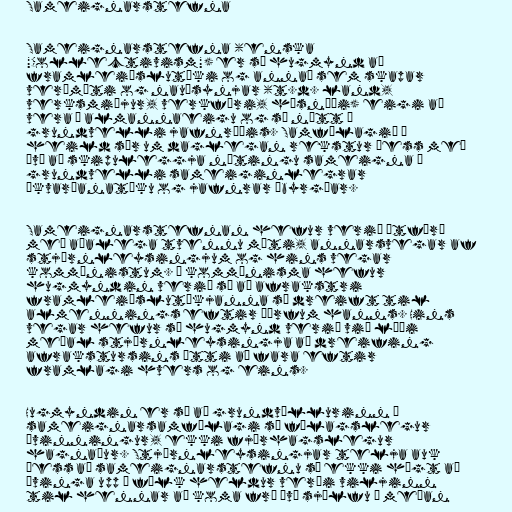
Sameignarstefna

Sameignarstefna (enska
"Collectivism") er sú hugmynd að
framleiðslutæki og annað sem skapar
verðmæti og nauðsynjar (t.d. land,
verksmiðjur, verkfæri, húsnæði) eigi að
vera í almannaeigu og sé nýtt á
grundvelli jafnræðis. Samfélagið í
heild sér um daglegan rekstur þess með
því að skipuleggja nýtingu sameigna á
grundvelli sameiginlegrar
ákvarðanatöku og jafnrar ábyrgðar.

Sameignarstefnan hefur verið útfærð
með aðalega tvennu móti, annarsvegar af
stjórnleysingjum og hins vegar
kommúnistum. Í kommúnisma hefur
hugmyndin verið sú að afrakstri
framleiðslutækjanna sé dreift til
almennings eftir þörfum hanns. Hins
vegar hefur sú hugmynd verið við lýði
meðal stjórnleysingja að dreifing
afrakstursins ætti að fara eftir
framlagi hvers og eins.

Hugmyndin er sú að grundvöllurinn í
sameignarsamfélagi sé félagslegur
ávinningur, ekki fjárhagslegur
hagnaður. Stjórnleysingjar telja auk
þess að sameignarstefnu sé ekki hægt að
þvinga upp á fólk heldur verði viljinn
til hennar að koma frá því sjálfu á meðan